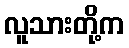
လူသားတို့က